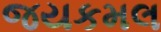
જયકમલ